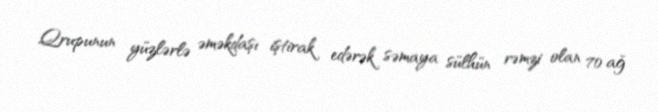
Qrupunun yüzlərlə əməkdaşı iştirak edərək səmaya sülhün rəmzi olan 70 ağ